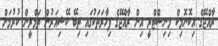
ރާއްޖޭގެ އިކޮނޮމިކް މިނިސްޓްރީ އިން ރާއްޖޭގެ ފިހާރަތަކުގައި ތިބޭ ކޭޝިއަަރުން ތަމްރީން ކުރުމަށް